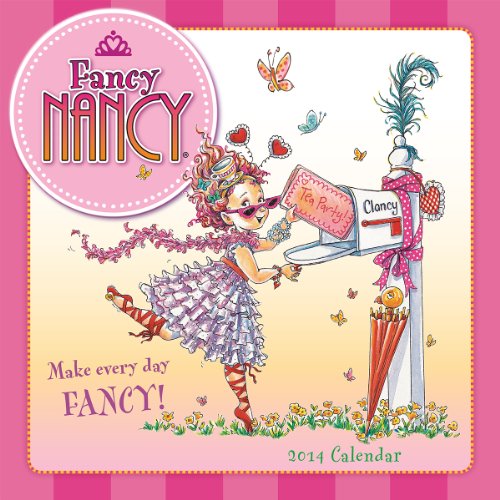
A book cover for Fancy Nancy 2014 Wall (calendar); Jane and Preiss Glasser; Calendars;